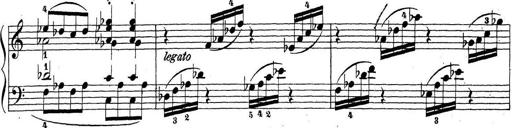
Title: Sonatina Album
Composer: Louis KÃ¶hler